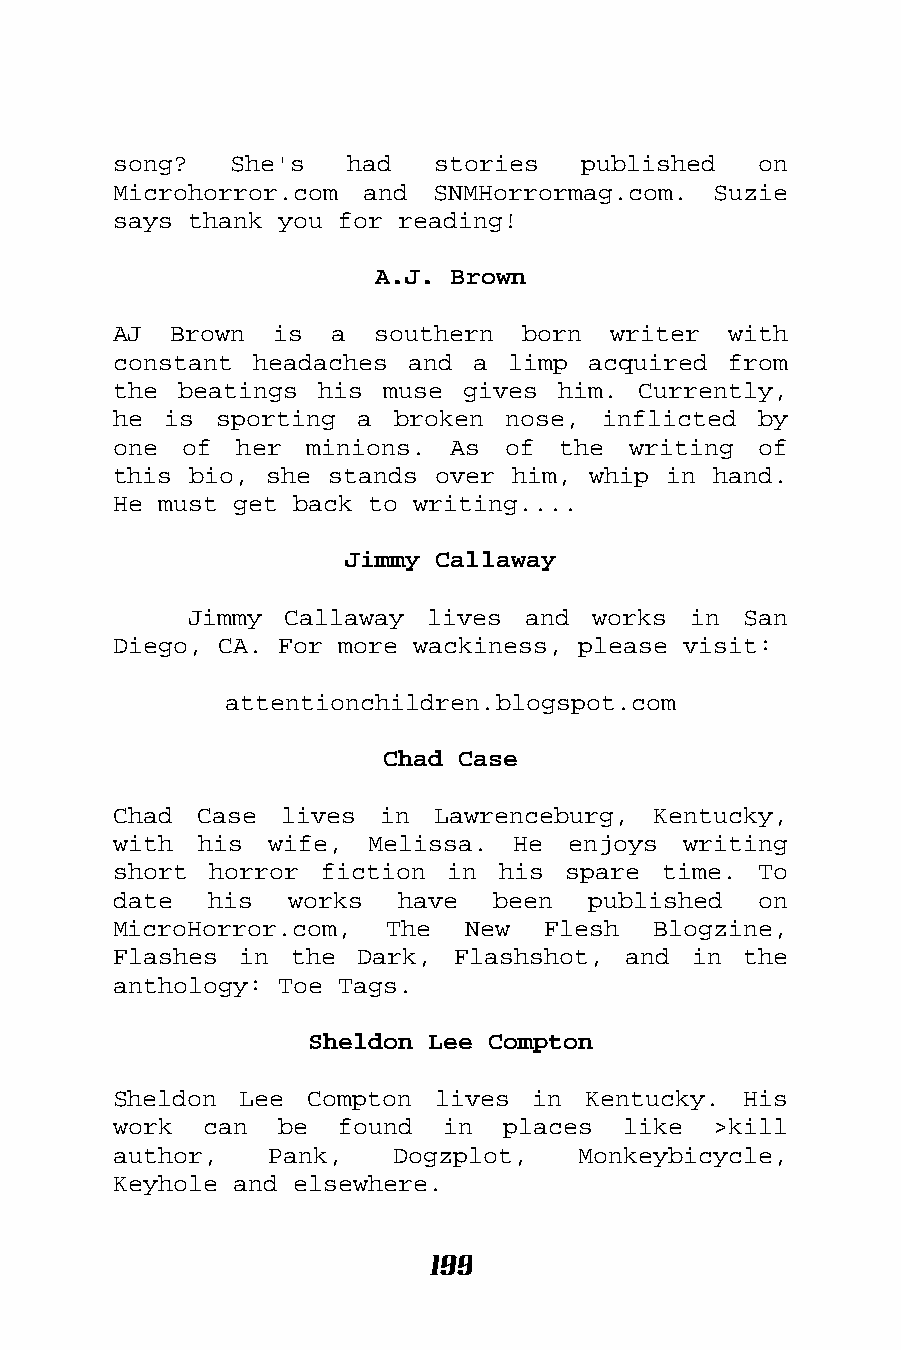
song?   She's  had   stories   published   on
 Microhorror.com and  SNMHorrormag.com.  Suzie
 says thank you for reading!
 A.J. Brown
 AJ  Brown  is a  southern  born  writer  with
 constant headaches and  a limp acquired  from
 the beatings his  muse gives him.  Currently,
 he is  sporting a broken  nose, inflicted  by
 one of  her  minions. As  of the  writing  of
 this bio, she stands over him, whip in  hand.
 He must get back to writing....
 Jimmy Callaway
 Jimmy Callaway  lives and  works in  San
 Diego, CA. For more wackiness, please visit:
 attentionchildren.blogspot.com
 Chad Case
 Chad Case  lives  in Lawrenceburg,  Kentucky,
 with his  wife,  Melissa. He  enjoys  writing
 short horror  fiction in his  spare time.  To
 date  his  works   have  been  published   on
 MicroHorror.com,  The  New  Flesh   Blogzine,
 Flashes in  the Dark, Flashshot,  and in  the
 anthology: Toe Tags.
 Sheldon Lee Compton
 Sheldon Lee  Compton lives  in Kentucky.  His
 work  can  be  found  in  places  like  >kill
 author,   Pank,   Dogzplot,    Monkeybicycle,
 Keyhole and elsewhere.
 199